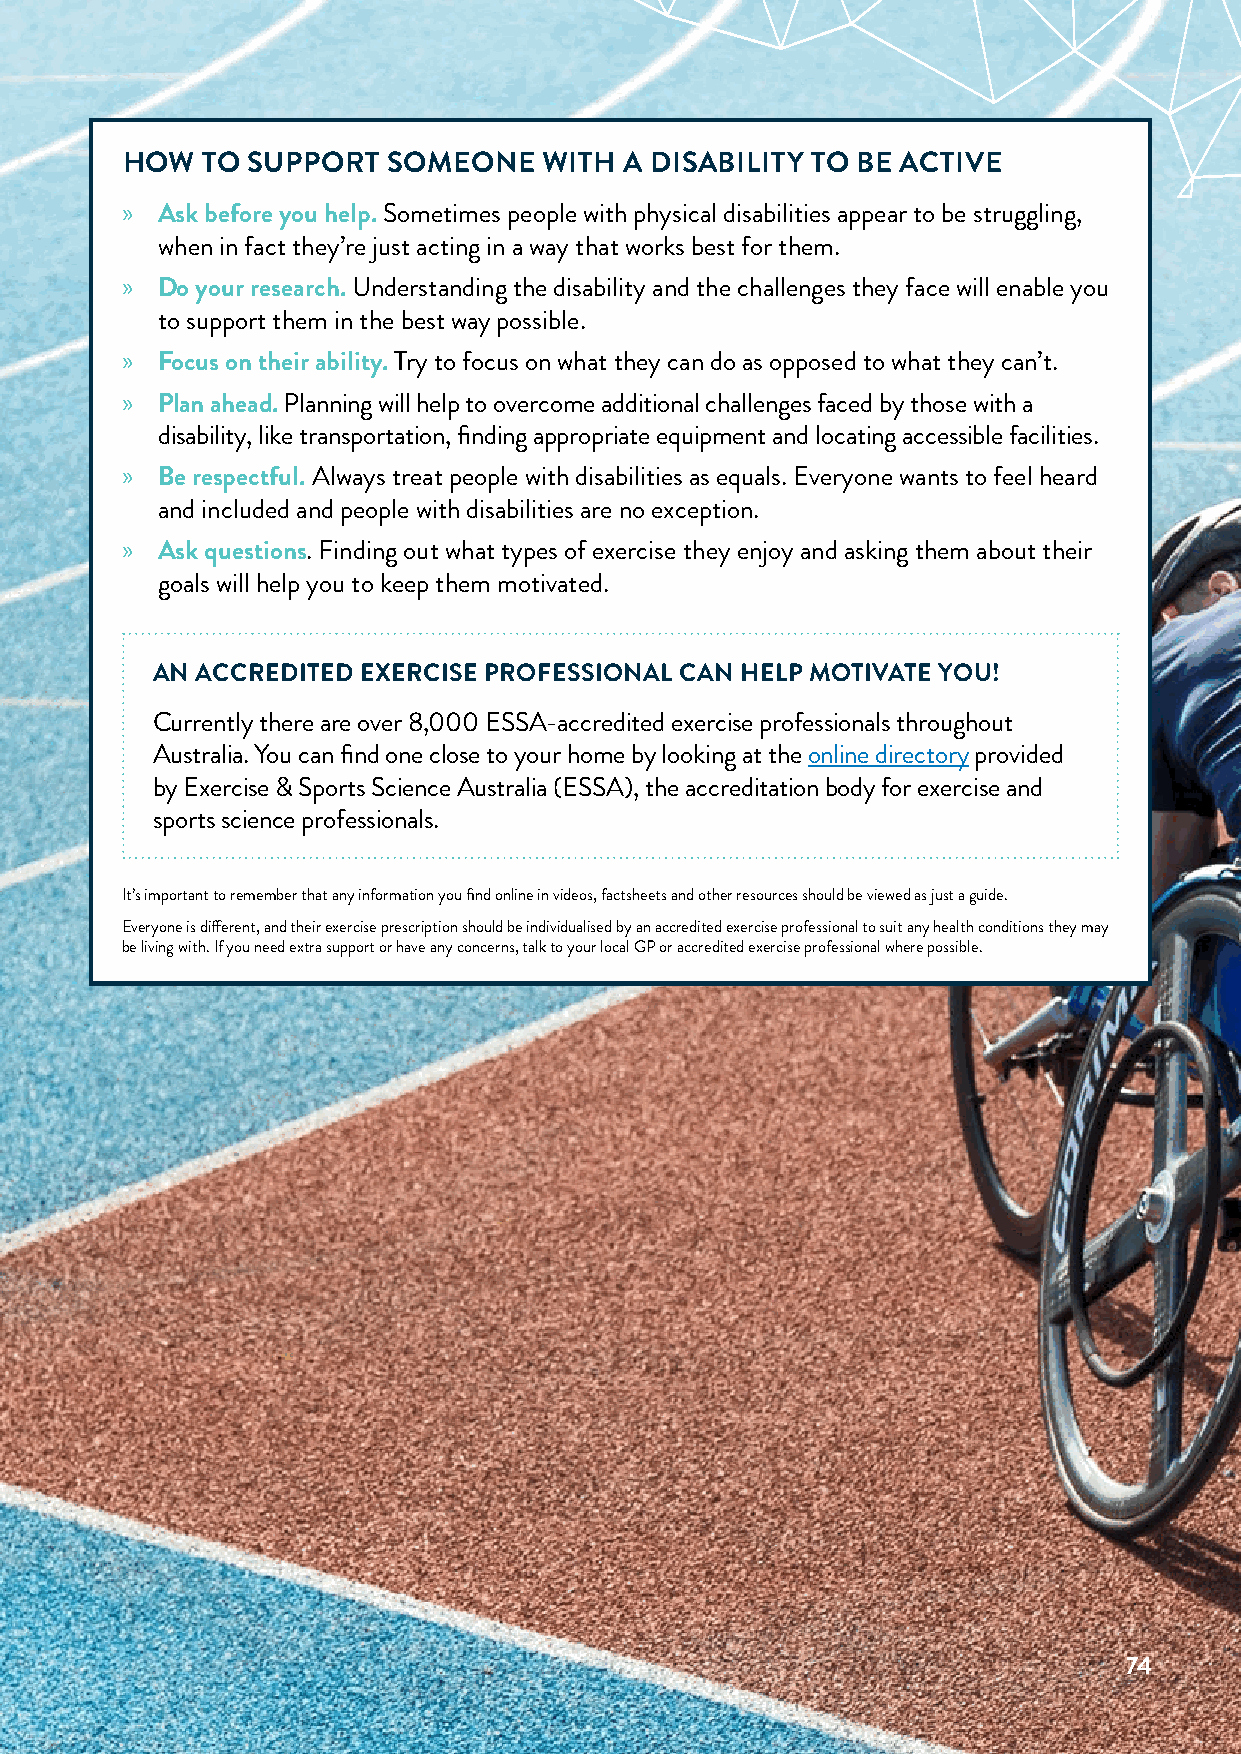
HOW  TO SUPPORT   SOMEONE   WITH A DISABILITY TO BE ACTIVE
 » Ask before you help. Sometimes people with physical disabilities appear to be struggling,
 when in fact they’re just acting in a way that works best for them.
 » Do your research. Understanding the disability and the challenges they face will enable you
 to support them in the best way possible.
 » Focus on their ability. Try to focus on what they can do as opposed to what they can’t.
 » Plan ahead. Planning will help to overcome additional challenges faced by those with a
 disability, like transportation, finding appropriate equipment and locating accessible facilities.
 » Be respectful. Always treat people with disabilities as equals. Everyone wants to feel heard
 and included and people with disabilities are no exception.
 » Ask questions. Finding out what types of exercise they enjoy and asking them about their
 goals will help you to keep them motivated.
 AN ACCREDITED EXERCISE PROFESSIONAL CAN HELP MOTIVATE YOU!
 Currently there are over 8,000 ESSA-accredited exercise professionals throughout
 Australia. You can find one close to your home by looking at the online directory provided
 by Exercise & Sports Science Australia (ESSA), the accreditation body for exercise and
 sports science professionals.
 It’s important to remember that any information you find online in videos, factsheets and other resources should be viewed as just a guide.
 Everyone is different, and their exercise prescription should be individualised by an accredited exercise professional to suit any health conditions they may
 be living with. If you need extra support or have any concerns, talk to your local GP or accredited exercise professional where possible.
 74